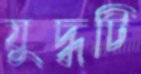
যুদ্ধটি